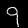
Digit: 9